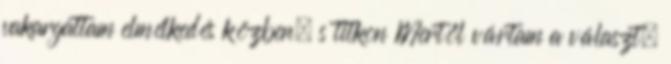
vakargattam elmélkedés közben, s titkon Mertől vártam a választ.